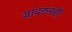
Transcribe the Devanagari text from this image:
यावरुनही